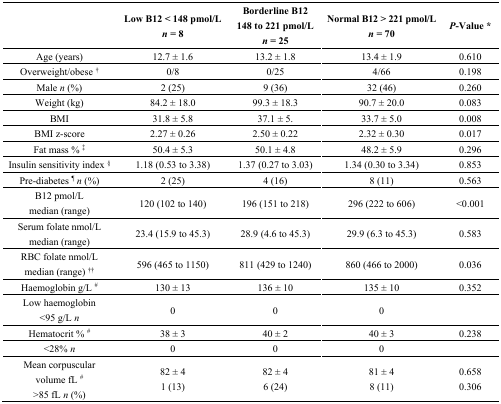
<table><thead><tr><td></td><td><b>Low B12 &lt; 148 pmol/L <i>n</i> = 8</b></td><td><b>Borderline B12 148 to 221 pmol/L <i>n</i> = 25</b></td><td><b>Normal B12 &gt; 221 pmol/L <i>n</i> = 70</b></td><td><b><i>P</i>-Value *</b></td></tr></thead><tbody><tr><td>Age (years)</td><td>12.7 ± 1.6</td><td>13.2 ± 1.8</td><td>13.4 ± 1.9</td><td>0.610</td></tr><tr><td>Overweight/obese <sup>†</sup></td><td>0/8</td><td>0/25</td><td>4/66</td><td>0.198</td></tr><tr><td>Male <i>n</i> (%)</td><td>2 (25)</td><td>9 (36)</td><td>32 (46)</td><td>0.260</td></tr><tr><td>Weight (kg)</td><td>84.2 ± 18.0</td><td>99.3 ± 18.3</td><td>90.7 ± 20.0</td><td>0.083</td></tr><tr><td>BMI </td><td>31.8 ± 5.8</td><td>37.1 ± 5.</td><td>33.7 ± 5.0</td><td>0.008</td></tr><tr><td>BMI z-score</td><td>2.27 ± 0.26</td><td>2.50 ± 0.22</td><td>2.32 ± 0.30</td><td>0.017</td></tr><tr><td>Fat mass % <sup>‡</sup></td><td>50.4 ± 5.3</td><td>50.1 ± 4.8</td><td>48.2 ± 5.9</td><td>0.296</td></tr><tr><td>Insulin sensitivity index <sup>§</sup></td><td>1.18 (0.53 to 3.38)</td><td>1.37 (0.27 to 3.03)</td><td>1.34 (0.30 to 3.34)</td><td>0.853</td></tr><tr><td>Pre-diabetes <sup>¶</sup><i>n</i> (%)</td><td>2 (25)</td><td>4 (16)</td><td>8 (11)</td><td>0.563</td></tr><tr><td>B12 pmol/L median (range)</td><td>120 (102 to 140)</td><td>196 (151 to 218)</td><td>296 (222 to 606)</td><td>&lt;0.001</td></tr><tr><td>Serum folate nmol/L median (range)</td><td>23.4 (15.9 to 45.3)</td><td>28.9 (4.6 to 45.3)</td><td>29.9 (6.3 to 45.3)</td><td>0.583</td></tr><tr><td>RBC folate nmol/L median (range) <sup>††</sup></td><td>596 (465 to 1150)</td><td>811 (429 to 1240)</td><td>860 (466 to 2000)</td><td>0.036</td></tr><tr><td>Haemoglobin g/L <sup>#</sup></td><td>130 ± 13</td><td>136 ± 10</td><td>135 ± 10</td><td>0.352</td></tr><tr><td>Low haemoglobin &lt;95 g/L <i>n</i></td><td>0</td><td>0</td><td>0 </td><td></td></tr><tr><td>Hematocrit % <sup>#</sup></td><td>38 ± 3</td><td>40 ± 2</td><td>40 ± 3</td><td>0.238</td></tr><tr><td>&lt;28% <i>n</i></td><td>0</td><td>0</td><td>0</td><td></td></tr><tr><td>Mean corpuscular volume fL <sup>#</sup> &gt;85 fL <i>n</i> (%) </td><td>82 ± 4 1 (13)</td><td>82 ± 4 6 (24)</td><td>81 ± 4 8 (11)</td><td>0.658 0.306</td></tr></tbody></table>